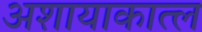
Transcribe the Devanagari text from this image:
अशायाकात्ल